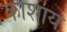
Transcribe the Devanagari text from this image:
काशाय